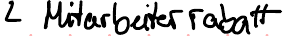
Mitarbeiterrabatt